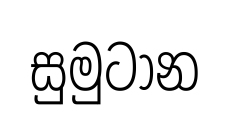
සුමුටාන